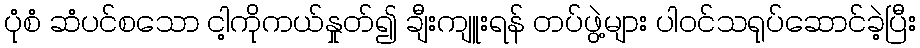
ပုံစံ ဆံပင်စသော ငါ့ကိုကယ်နှုတ်၍ ချီးကျူးရန် တပ်ဖွဲ့များ ပါဝင်သရုပ်ဆောင်ခဲ့ပြီး